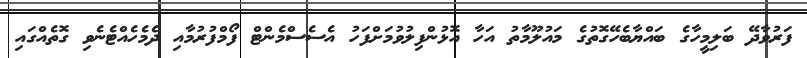
ފަރުވާދޭ ބަލިމީހާގެ ބައްޔާބެހޭގޮތުގެ މައުލޫމާތު އަހާ އޮޅުންފިލުވުމަށްފަހު އެސެސްމެންޓް ފޯމްފުރުމާއި ދެމެހެއްޓެނެވި ގޮތެއްގައި